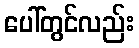
ပေါ်တွင်လည်း